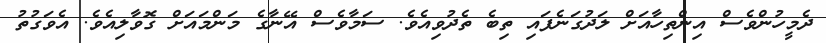
ދެމީހުންވެސް އިންތިހާއަށް ލަދުގަނެފައި ތިބެ ތެދުވިއެވެ. ސަމާވެސް އޭނާގެ މަންމައަށް ގޮވާލިއެވެ. އެވަގުތު